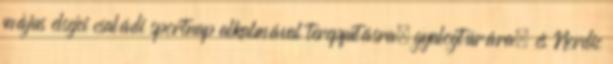
május elsejei családi sportnap alkalmával terepfutásra, gyalogtúrára, és Nordic